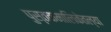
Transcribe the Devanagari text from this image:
पुस्तकमालिकेतल्या